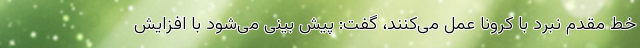
خط مقدم نبرد با کرونا عمل می‌کنند، گفت: پیش بینی می‌شود با افزایش